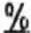
%